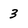
Character: 3